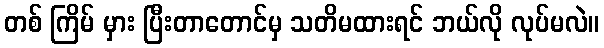
တစ် ကြိမ် မှား ပြီးတာတောင်မှ သတိမထားရင် ဘယ်လို လုပ်မလဲ။